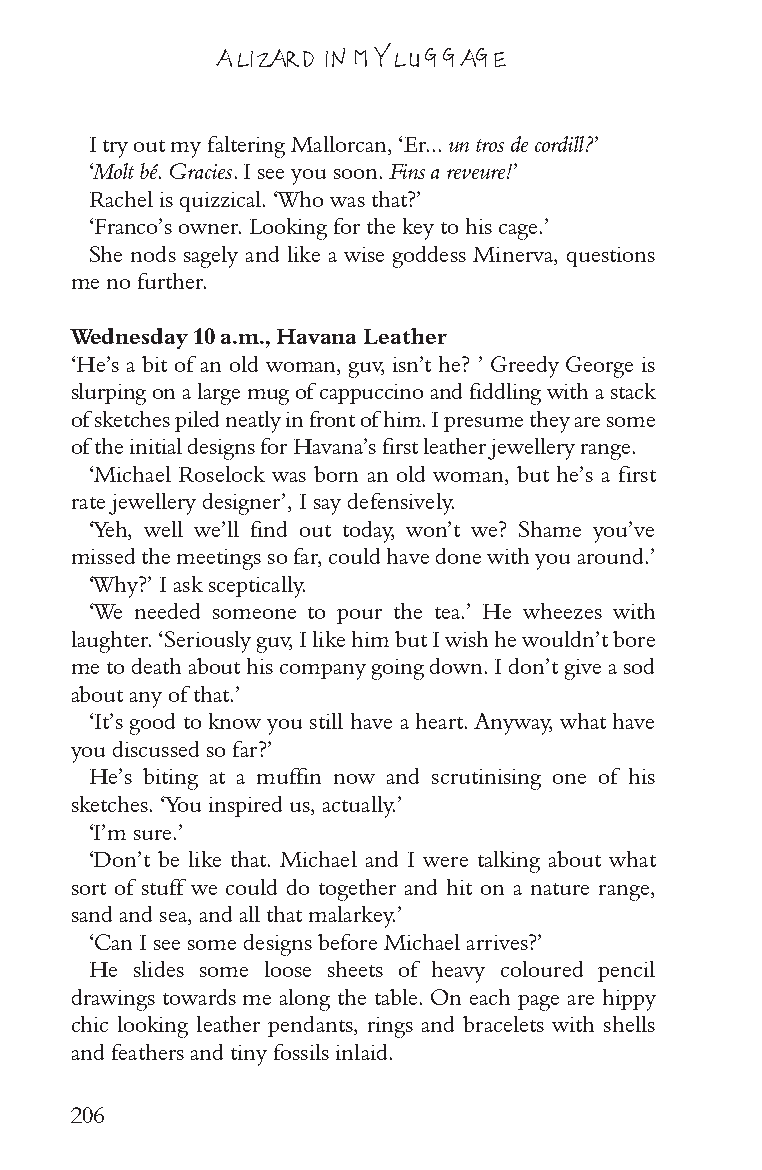
A LIZARD IN MY LUGGAGE
 I try out my faltering Mallorcan, ‘Er... un tros de cordill?’
 ‘Molt bé. Gracies. I see you soon. Fins a reveure!’
 Rachel is quizzical. ‘Who was that?’
 ‘Franco’s owner. Looking for the key to his cage.’
 She nods sagely and like a wise goddess Minerva, questions
 me no further.
 Wednesday 10 a.m., Havana Leather
 ‘He’s a bit of an old woman, guv, isn’t he? ’ Greedy George is
 slurping on a large mug of cappuccino and fiddling with a stack
 of sketches piled neatly in front of him. I presume they are some
 of the initial designs for Havana’s first leather jewellery range.
 ‘Michael Roselock was born an old woman, but he’s a first
 rate jewellery designer’, I say defensively.
 ‘Yeh, well we’ll find out today, won’t we? Shame you’ve
 missed the meetings so far, could have done with you around.’
 ‘Why?’ I ask sceptically.
 ‘We needed someone to pour the tea.’ He wheezes with
 laughter. ‘Seriously guv, I like him but I wish he wouldn’t bore
 me to death about his company going down. I don’t give a sod
 about any of that.’
 ‘It’s good to know you still have a heart. Anyway, what have
 you discussed so far?’
 He’s biting at a muffin now and scrutinising one of his
 sketches. ‘You inspired us, actually.’
 ‘I’m sure.’
 ‘Don’t be like that. Michael and I were talking about what
 sort of stuff we could do together and hit on a nature range,
 sand and sea, and all that malarkey.’
 ‘Can I see some designs before Michael arrives?’
 He slides some loose sheets of heavy coloured pencil
 drawings towards me along the table. On each page are hippy
 chic looking leather pendants, rings and bracelets with shells
 and feathers and tiny fossils inlaid.
 206